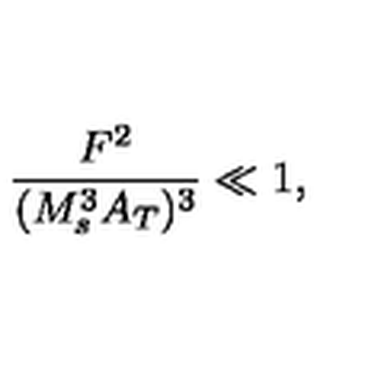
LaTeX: \frac { F ^ { 2 } } { ( M _ { s } ^ { 3 } A _ { T } ) ^ { 3 } } \ll 1 ,